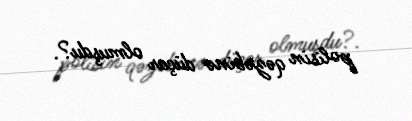
polisin qəzəbinə düçar olmuşdu?.